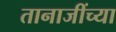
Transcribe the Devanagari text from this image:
तानाजींच्या